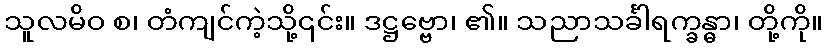
သူလမိဝ စ၊ တံကျင်ကဲ့သို့၎င်း။ ဒဋ္ဌဗ္ဗော၊ ၏။ သညာသင်္ခါရက္ခန္ဓာ၊ တို့ကို။